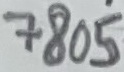
Text: 7805